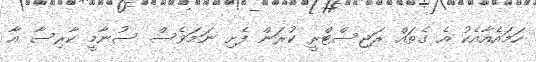
ހަމައެއާއެކު އެ ގެތައް ރަޖިސްޓްރީ ކުރަން ފެށި ނަމަވެސް ސުނާމީ ކާރިސާ އާ